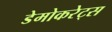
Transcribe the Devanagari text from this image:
डेमोकरेट्स